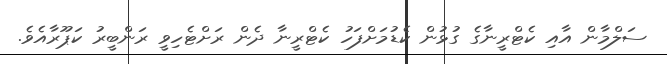
ސަލްމާން އާއި ކެޓްރީނާގެ ގުޅުން ކެޑުމަށްފަހު ކެޓްރީނާ ދެން ރަށްޓެހިވީ ރަންބީރު ކަޕޫރާއެވެ.